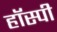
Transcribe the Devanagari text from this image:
हॉस्पी